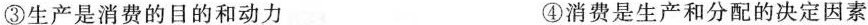
③生产是消费的目的和动力 ④消费是生产和分配的决定因素